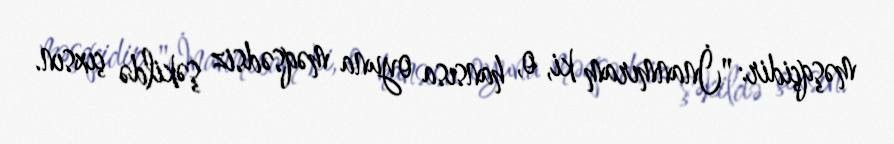
məşqçidir: "İnanmıram ki, o, hansısa oyuna məqsədsiz şəkildə çıxsın.